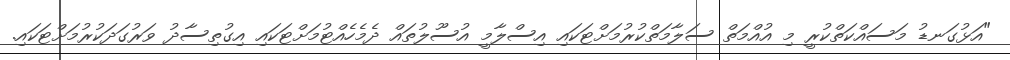
"އަޅުގަނޑު މަސައްކަތްކުރީ މި އުއްމަތް ސަލާމަތްކުރުމަށްޓަކައި އިސްލާމީ އުސޫލުތައް ދެމެހެއްޓުމަށްޓަކައި އިގުތިސާދު ވަރުގަދަކުރުމަށްޓަކައި.